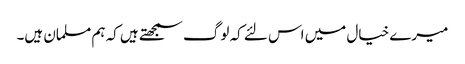
میرے خیال میں اس لئے کہ لوگ سمجھتے ہیں کہ ہم مسلمان ہیں۔